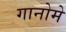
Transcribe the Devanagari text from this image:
गानोमे